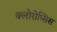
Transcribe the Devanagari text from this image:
क्लोरोप्सिस